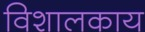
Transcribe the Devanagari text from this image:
विशालकाय